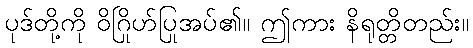
ပုဒ်တို့ကို ဝိဂြိုဟ်ပြုအပ်၏။ ဤကား နိရုတ္တိတည်း။